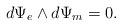
LaTeX: \begin{align*} d\Psi_{e}\wedge d\Psi_{m} = 0 .\end{align*}